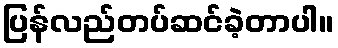
ပြန်လည်တပ်ဆင်ခဲ့တာပါ။